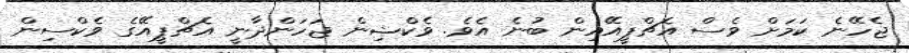
ޖެހޭނެ ކަމަށް ވެސް އެޗްޕީއޭއިން ބުނެ އެވެ. ވެކްޝިން ޖަހަންދާނީ އެޗްޕީއޭގެ ވެކްސިން